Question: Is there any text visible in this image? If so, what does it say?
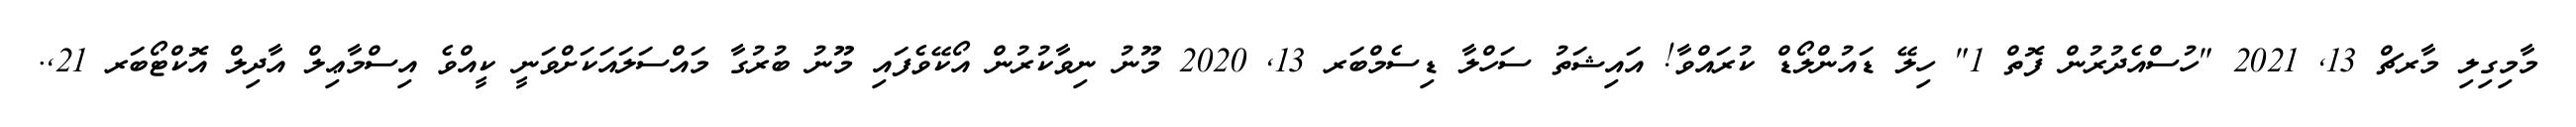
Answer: މާމިގިލި މާރޗް 13, 2021 "ހުސްއެދުރުން ފޮތް 1" ހިލޭ ޑައުންލޯޑް ކުރައްވާ! އައިޝަތު ސަހްލާ ޑިސެމްބަރ 13, 2020 މޫނު ނިވާކުރުން އޯކޭވެފައި މޫނު ބުރުގާ މައްސަލައަކަށްވަނީ ކީއްވެ އިސްމާޢިލް އާދިލް އޮކްޓޯބަރ 21,.